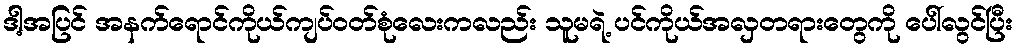
ဒါ့အပြင် အနက်ရောင်ကိုယ်ကျပ်ဝတ်စုံလေးကလည်း သူမရဲ့ ပင်ကိုယ်အလှတရားတွေကို ပေါ်လွင်ပြီး